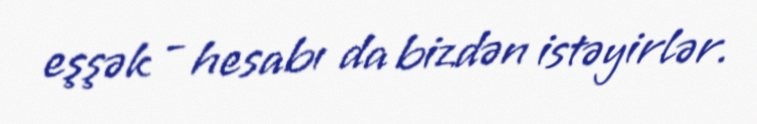
eşşək - hesabı da bizdən istəyirlər.